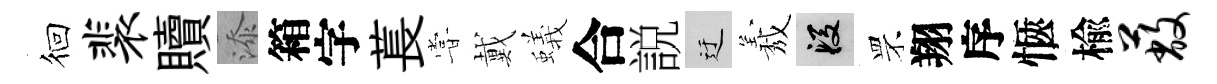
徊裴贖添箱字萇甞戴蟻合説迂𦏁段罘翔序愜楡蔽